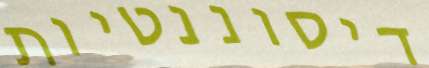
דיסוננטיות